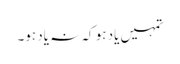
تمہیں یاد ہو کہ نہ یاد ہو۔